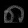
Digit: ၈